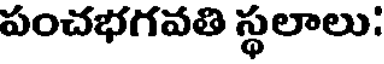
పంచభగవతి స్థలాలు: